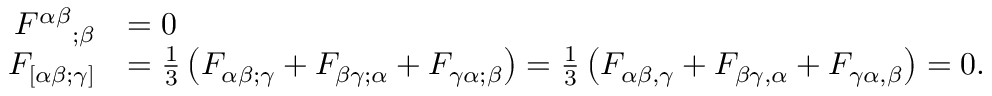
{ \begin{array} { r l } { { F ^ { \alpha \beta } } _ { ; \beta } } & { = 0 } \\ { F _ { [ \alpha \beta ; \gamma ] } } & { = { \frac { 1 } { 3 } } \left( F _ { \alpha \beta ; \gamma } + F _ { \beta \gamma ; \alpha } + F _ { \gamma \alpha ; \beta } \right) = { \frac { 1 } { 3 } } \left( F _ { \alpha \beta , \gamma } + F _ { \beta \gamma , \alpha } + F _ { \gamma \alpha , \beta } \right) = 0 . } \end{array} }